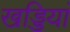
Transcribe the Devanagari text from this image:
खड्डियां